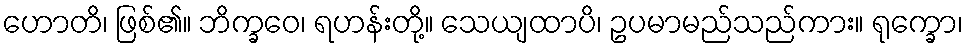
ဟောတိ၊ ဖြစ်၏။ ဘိက္ခဝေ၊ ရဟန်းတို့။ သေယျထာပိ၊ ဥပမာမည်သည်ကား။ ရုက္ခော၊